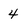
Character: 4